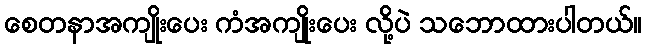
စေတနာအကျိုးပေး ကံအကျိုးပေး လို့ပဲ သဘောထားပါတယ်။